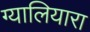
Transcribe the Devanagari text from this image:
ग्यालियारा